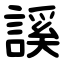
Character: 謑